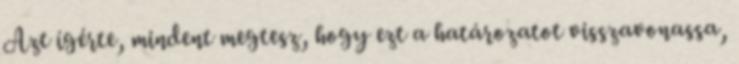
Azt ígérte, mindent megtesz, hogy ezt a határozatot visszavonassa,